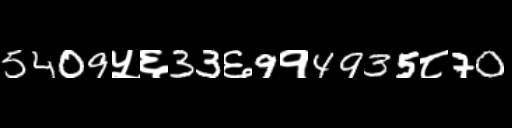
Text: 5409५६33६9१4935८70